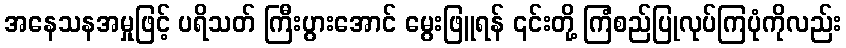
အနေသနအမှုဖြင့် ပရိသတ် ကြီးပွားအောင် မွေးဖြူရန် ၎င်းတို့ ကြံစည်ပြုလုပ်ကြပုံကိုလည်း